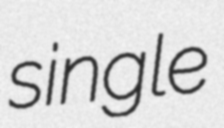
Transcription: single